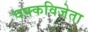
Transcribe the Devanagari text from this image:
चषकविजेता